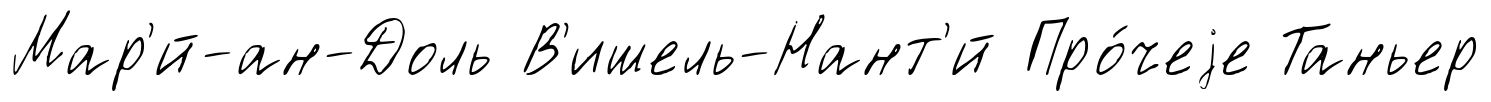
Мар'́й-ан-Доль В'ишель-Нант'́й Про́чеjе Таньер